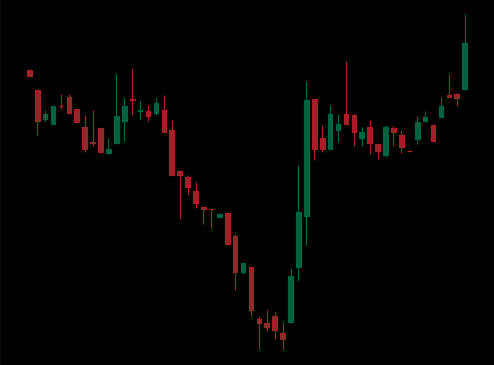
Pattern: inverse_head_shoulders